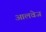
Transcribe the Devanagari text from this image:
आलवेज